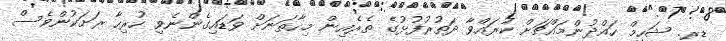
ޑރ. ޝަހީމް ހައްދުންމައްޗަށް ކުރައްވާ ދަތުރުފުޅުގެ ތެރެއިން މިހާތަނަށް ވަޑައިގެންނެވި ހުރިހާ ރަށަކުންވެސް